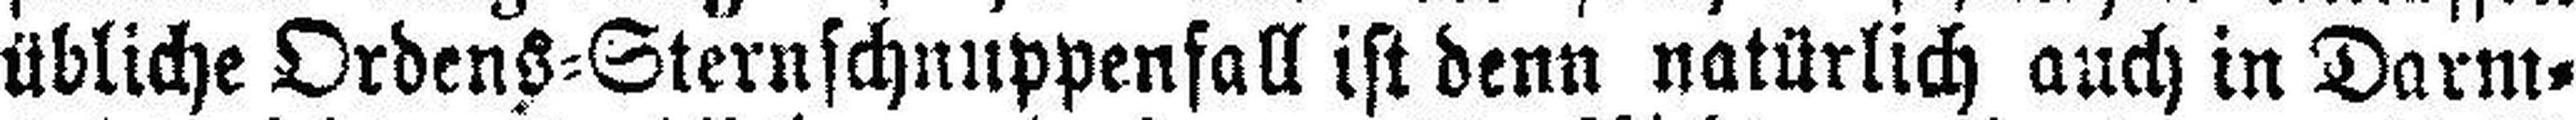
übliche Ordens=Sternschnuppenfall ist denn natürlich auch in Darm¬